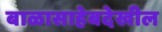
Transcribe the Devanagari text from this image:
बाळासाहेबदेखील